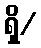
ရှိ/